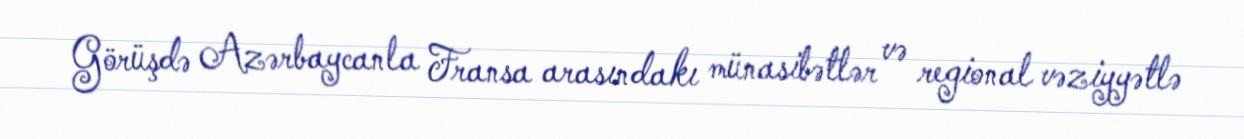
Görüşdə Azərbaycanla Fransa arasındakı münasibətlər və regional vəziyyətlə